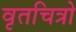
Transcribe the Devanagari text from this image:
वृतचित्रो